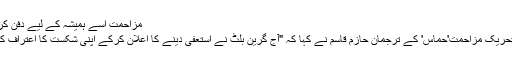
مزاحمت اسے ہمیشہ کے لیے دفن کردے گی
اسلامی تحریک مزاحمت'حماس' کے ترجمان حازم قاسم نے کہا کہ "آج گرین بلٹ نے استعفیٰ دینے کا اعلان کرکے اپنی شکست کا اعتراف کرلیا ہے۔